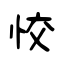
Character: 恔